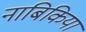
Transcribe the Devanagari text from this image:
नाबिकिया